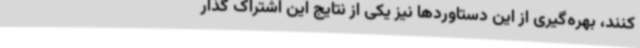
کنند، بهره‌گیری از این دستاوردها نیز یکی از نتایج این اشتراک گذار